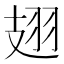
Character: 翅